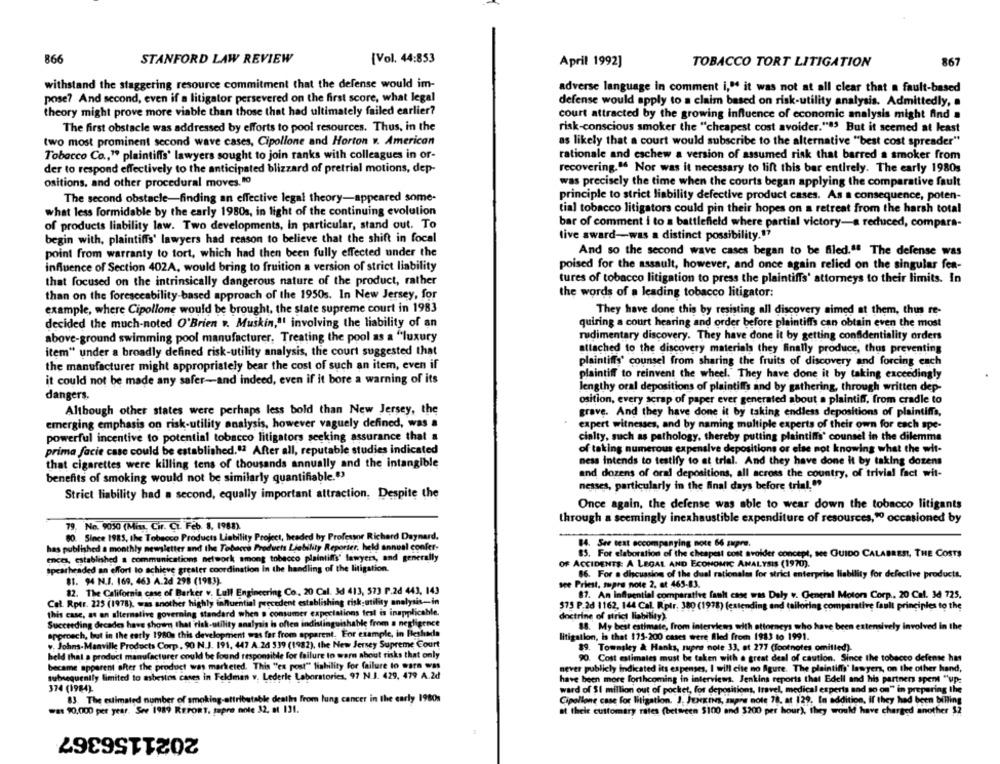
866
STANFORD LAW REVIEW
[Vol. 44:853
April 1992]
TOBACCO TORT LITIGATION
867
withstand the staggering resource commitment that the defense would im-
adverse language in comment i," it was not at all clear that a fault-based
pose? And second, even if a litigator persevered on the first score, what legal
defense would apply to a claim based on risk-utility analysis. Admittedly, a
theory might prove more viable than those that had ultimately failed earlier?
court attracted by the growing influence of economic analysis might find .
The first obstacle was addressed by efforts to pool resources. Thus, in the
risk-conscious smoker the "cheapest cost avoider."83 But it seemed at least
two most prominent second wave cases, Cipollone and Horton v. American
as likely that a court would subscribe to the alternative "best cost spreader"
Tobacco Co ., " plaintiffs' lawyers sought to join ranks with colleagues in or-
rationale and eschew a version of assumed risk that barred a smoker from
der to respond effectively to the anticipated blizzard of pretrial motions, dep-
recovering.º Nor was it necessary to lift this bar entirely. The early 1980s
ositions, and other procedural moves, "o
was precisely the time when the courts began applying the comparative fault
principle to strict liability defective product cases. As a consequence, poten-
The second obstacle-finding an effective legal theory-appeared some-
what less formidable by the early 1980s, in light of the continuing evolution
tial tobacco litigators could pin their hopes on a retreat from the harsh total
of products liability law. Two developments, In particular, stand out. To
bar of comment i to a battlefield where partial victory-a reduced, compara-
tive award-was a distinct possibility.""
begin with, plaintiffs' lawyers had reason to believe that the shift in focal
point from warranty to tort, which had then been fully effected under the
And so the second wave cases began to be filed." The defense was
influence of Section 402A, would bring to fruition a version of strict liability
poised for the assault, however, and once again relied on the singular fea-
that focused on the intrinsically dangerous nature of the product, rather
tures of tobacco litigation to press the plaintiffs' attorneys to their limits. In
than on the foreseeability-based approach of the 1950s. In New Jersey, for
the words of a leading tobacco litigator:
example, where Cipollone would be brought, the state supreme court in 1983
They have done this by resisting all discovery aimed at them, thus re-
decided the much-noted O'Brien .. Muskin,"' involving the liability of an
quiring a court hearing and order before plaintiffs can obtain even the most
rudimentary discovery. They have done it by getting confidentiality orders
above-ground swimming pool manufacturer. Treating the pool as a "luxury
item" under a broadly defined risk-utility analysis, the court suggested that
attached to the discovery materials they finally produce, thus preventing
the manufacturer might appropriately bear the cost of such an item, even if
plaintiffs' counsel from sharing the fruits of discovery and forcing each
plaintiff to reinvent the wheel." They have done it by taking exceedingly
it could not be made any safer-and indeed, even if it bore a warning of its
lengthy oral depositions of plaintiffs and by gathering, through written dep-
dangers.
osition, every scrap of paper ever generated about a plaintiff, from cradle to
Although other states were perhaps less bold than New Jersey, the
grave. And they have done it by taking endless depositions of plaintiffs,
emerging emphasis on risk-utility analysis, however vaguely defined, was a
expert witnesses, and by naming multiple experts of their own for each spe-
powerful incentive to potential tobacco litigators seeking assurance that a
cialty, such as pathology, thereby putting plaintiffs' counsel in the dilemma
prima facie case could be established.º2 After all, reputable studies indicated
of taking numerous expensive depositions or else not knowing what the wit-
that cigarettes were killing tens of thousands annually and the intangible
ness intends to testify to at trial. And they have done it by taking dozens
and dozens of oral depositions, all across the country, of trivial fact wit-
benefits of smoking would not be similarly quantifiable."
nesses, particularly in the final days before trial. "
Strict liability had a second, equally important attraction, Despite the
Once again, the defense was able to wear down the tobacco litigants
through a seemingly inexhaustible expenditure of resources," occasioned by
79. No. 9050 (Miss, Cir. CT. Feb. 8. 1988)
80. Since 1985, the Tobacco Products Liability Project, headed by Professor Richard Daynard.
84. See test accompanying note 66 gupra.
has published a monthly newsletter and the Tobacco Products Liability Reporter, held annual confer-
ences, established a communications network among tobacco plaintiffs' lawyers, and generally
85. For elaboration of the cheapest cost avoider concept, see GUIDO CALABRESI, THE COSTS
OF ACCIDENTS: A LEGAL AND ECONOMIC ANALYSIS (1970).
spearheaded an effort to achieve greater coordination In the handling of the litigation.
86. For a discussion of the dual rationales for strict enterprise liability for defective productt.
BI. 94 N.I. 169, 463 A.2d 298 (1983).
see Priest, supre note 2. at 465-83.
82. The California case of Barker v. Lull Engineering Co, 20 Cal. Id 413, 573 P.2d 443, 143
87. An Influential comparative fault case was Daly v. General Motors Corp ., 20 Cal. 34 725,
Cal. Rptr. 225 (1978), was another highly influential precedent establishing risk-utility analysis-in
this case, as an alternative governing standard when a consumer expectations test is inapplicable.
573 P.2d 1162, 144 Cal. Rptr. 380 (1978) (catending and tailoring comparative fault principles to the
doctrine of strict liability).
Succeeding decades have shown that risk-utility analysis is often indistinguishable from a negligence
88. My best estimate, from interviews with attorneys who have been extensively involved in the
approach, but in the early 1980 this development was far from apparent. For example, in Beshada
litigation, is that 175-200 cases wrere Alled from 1983 to 1991.
w. Johns-Manville Products Corp , 90 N.J. 191, 447 A 26 539 (1982), the New Jersey Supreme Court
89. Tomasley & Hanks, supre note 33, at 277 (footnotes omitted).
held that a product manufacturer could be found responsible for failure to warn about risks that only
90. Cost estimates must be taken with a great deal of caution. Since the tobacco defense has
became apparent after the product was marketed. This "ex post" liability for failure to warn was
never publicly indicated its expenses, I will cite no Agure. The plaintiffs' lawyers, on the other hand,
subsequently limited to asbestos cases in Feldman v. Lederle Laboratories, 97 N.J. 429, 479 A 2d
have been more forthcoming in interviews. Jenkins reports that Edeli and his partners spent "up:
374 (1984).
ward of $1 million out of pocket, for depositions, travel, medical experts and so on" in preparing the
83. The estimated number of smoking-attributable destin from lung cancer in the early 1980s
Cipollone case for litigation. J. JENKINS, sapre note 78, at 129. In addition, If they had been billing
wat 90,000 pct year. See 1989 REroms, sapre note 32, at 131.
at their customary rates (between $100 and $200 per hour), they would have charged another $2
2021156367